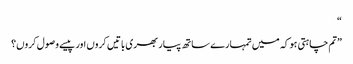
“
”تم چاہتی ہو کہ میں تمہارے ساتھ پیار بھری باتیں کروں اور پیسے وصول کروں؟